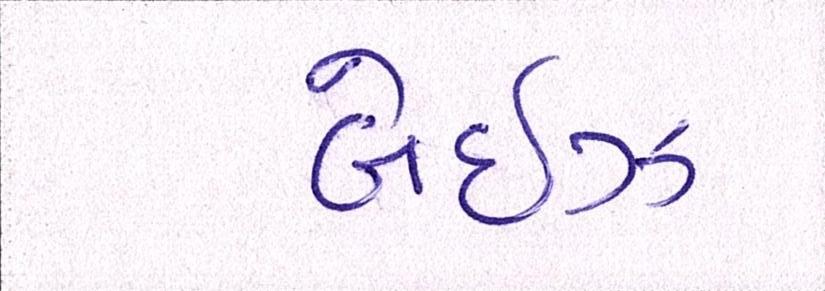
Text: બેઈઝ